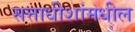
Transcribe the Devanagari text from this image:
सत्ताधीशांमधील